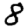
Digit: 8